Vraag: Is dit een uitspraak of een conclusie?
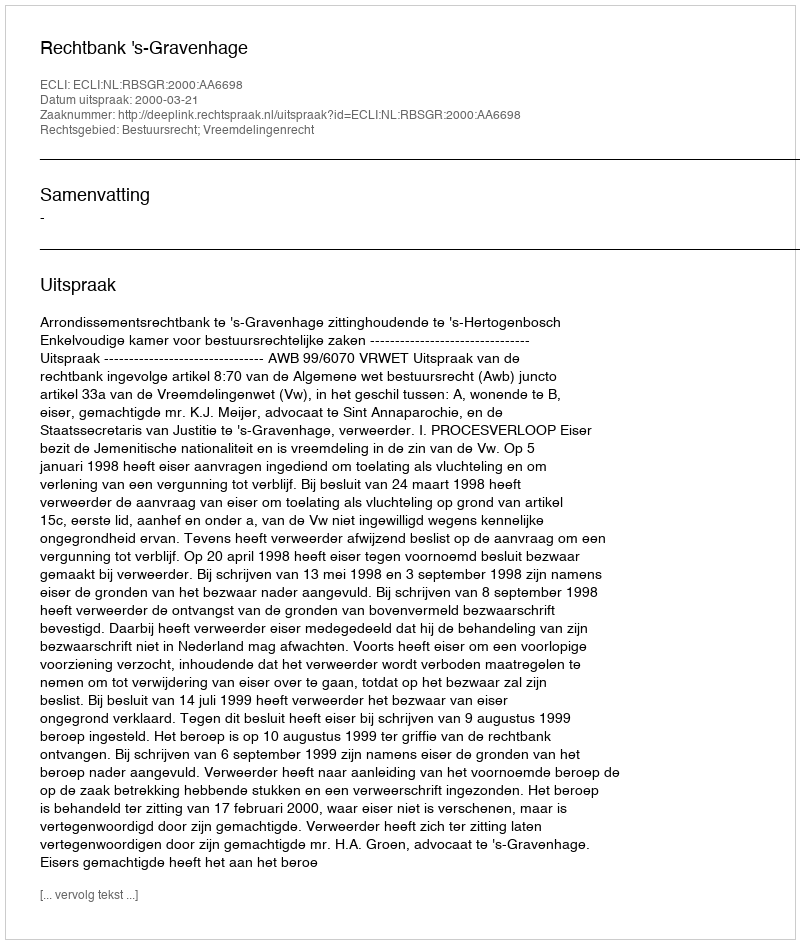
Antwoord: Uitspraak